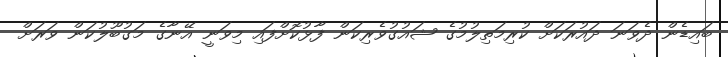
ބައިޑެން ދެވަނަ ދައުރަކަށް ކުރިމަތިލުމުގެ ޝައުގުވެރިކަން ފާޅުކޮށްފައި މިވަނީ އޭނާގެ މަގުބޫލުކަން ވަރަށް